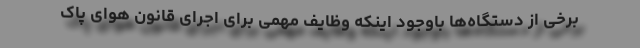
برخی از دستگاه‌ها باوجود اینکه وظایف مهمی برای اجرای قانون هوای پاک